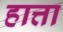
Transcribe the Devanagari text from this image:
हात्ता